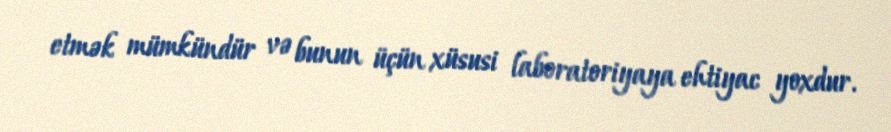
etmək mümkündür və bunun üçün xüsusi laboratoriyaya ehtiyac yoxdur.